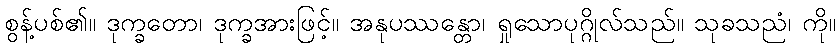
စွန့်ပစ်၏။ ဒုက္ခတော၊ ဒုက္ခအားဖြင့်။ အနုပဿန္တော၊ ရှုသောပုဂ္ဂိုလ်သည်။ သုခသညံ၊ ကို။